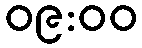
၀၉:၀၀